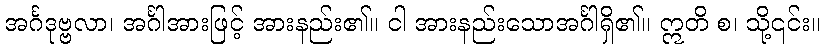
အင်္ဂဒုဗ္ဗလာ၊ အင်္ဂါအားဖြင့် အားနည်း၏။ ငါ အားနည်းသောအင်္ဂါရှိ၏။ ဣတိ စ၊ သို့၎င်း။